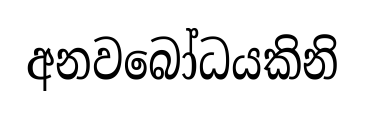
අනවබෝධයකිනි